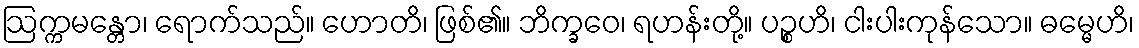
ဩက္ကမန္တော၊ ရောက်သည်။ ဟောတိ၊ ဖြစ်၏။ ဘိက္ခဝေ၊ ရဟန်းတို့။ ပဉ္စဟိ၊ ငါးပါးကုန်သော။ ဓမ္မေဟိ၊